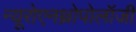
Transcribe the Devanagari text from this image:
न्यूरोएनथ्रोपोलॉजी